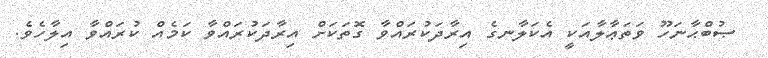
ޞުބްޙާނަހޫ ވަތަޢާލާއަކީ އެކަލާނގެ އިރާދަކުރައްވާ ގޮތަކަށް އިރާދަކުރައްވާ ކަމެއް ކުރައްވާ އިލާހެވެ.